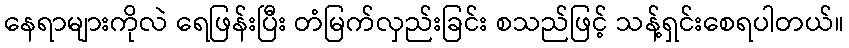
နေရာများကိုလဲ ရေဖြန်းပြီး တံမြက်လှည်းခြင်း စသည်ဖြင့် သန့်ရှင်းစေရပါတယ်။